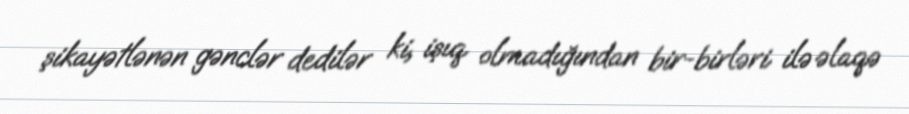
şikayətlənən gənclər dedilər ki, işıq olmadığından bir-birləri ilə əlaqə